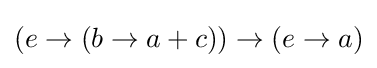
{\textstyle (e\rightarrow (b\rightarrow a+c))\rightarrow (e\rightarrow a)}